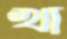
খা